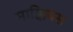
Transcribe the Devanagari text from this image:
माक्कियस